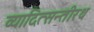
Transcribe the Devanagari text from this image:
व्यादित्सन्तीरथ